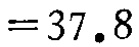
$=37.8$